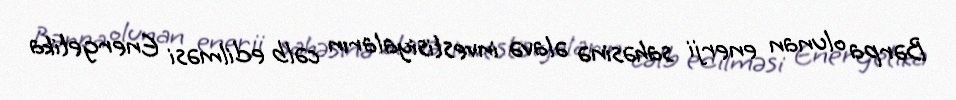
Bərpa olunan enerji sahəsinə əlavə investisiyaların cəlb edilməsi Energetika